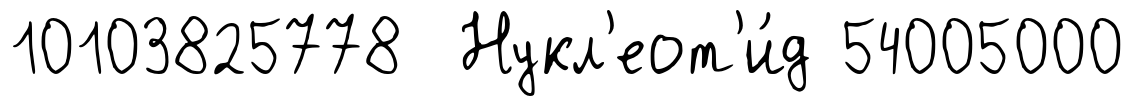
10103825778 Нукл'еот'и́д 54005000